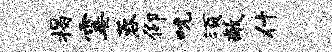
揭霎蓉仰吮须敞什